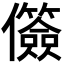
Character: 𫤐